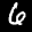
Label: 6